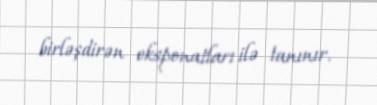
birləşdirən eksponatları ilə tanınır.